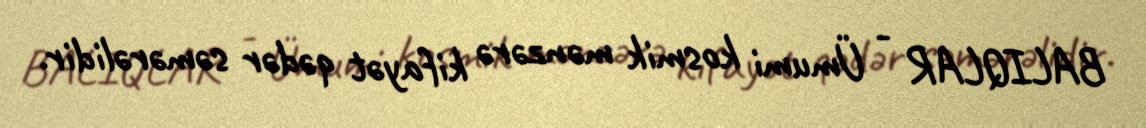
BALIQLAR - Ümumi kosmik mənzərə kifayət qədər səmərəlidir.